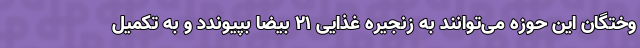
وختگان این حوزه می‌توانند به زنجیره غذایی 21 بیضا بپیوندد و به تکمیل